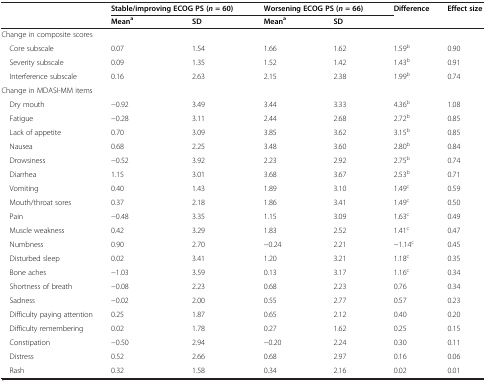
<table><thead><tr><td><b> </b></td><td colspan="2"><b>Stable/improving ECOG PS (<i>n</i>= 60)</b></td><td colspan="2"><b>Worsening ECOG PS (<i>n</i>= 66)</b></td><td><b>Difference</b></td><td><b>Effect size</b></td></tr><tr><td><b> </b></td><td><b>Mean<sup>a</sup></b></td><td><b>SD</b></td><td><b>Mean<sup>a</sup></b></td><td><b>SD</b></td><td><b> </b></td><td><b> </b></td></tr></thead><tbody><tr><td>Change in composite scores</td><td> </td><td> </td><td> </td><td> </td><td> </td><td> </td></tr><tr><td> Core subscale</td><td>0.07</td><td>1.54</td><td>1.66</td><td>1.62</td><td>1.59<sup>b</sup></td><td>0.90</td></tr><tr><td> Severity subscale</td><td>0.09</td><td>1.35</td><td>1.52</td><td>1.42</td><td>1.43<sup>b</sup></td><td>0.91</td></tr><tr><td> Interference subscale</td><td>0.16</td><td>2.63</td><td>2.15</td><td>2.38</td><td>1.99<sup>b</sup></td><td>0.74</td></tr><tr><td>Change in MDASI-MM items</td><td> </td><td> </td><td> </td><td> </td><td> </td><td> </td></tr><tr><td> Dry mouth</td><td>−0.92</td><td>3.49</td><td>3.44</td><td>3.33</td><td>4.36<sup>b</sup></td><td>1.08</td></tr><tr><td> Fatigue</td><td>−0.28</td><td>3.11</td><td>2.44</td><td>2.68</td><td>2.72<sup>b</sup></td><td>0.85</td></tr><tr><td> Lack of appetite</td><td>0.70</td><td>3.09</td><td>3.85</td><td>3.62</td><td>3.15<sup>b</sup></td><td>0.85</td></tr><tr><td> Nausea</td><td>0.68</td><td>2.25</td><td>3.48</td><td>3.60</td><td>2.80<sup>b</sup></td><td>0.84</td></tr><tr><td> Drowsiness</td><td>−0.52</td><td>3.92</td><td>2.23</td><td>2.92</td><td>2.75<sup>b</sup></td><td>0.74</td></tr><tr><td> Diarrhea</td><td>1.15</td><td>3.01</td><td>3.68</td><td>3.67</td><td>2.53<sup>b</sup></td><td>0.71</td></tr><tr><td> Vomiting</td><td>0.40</td><td>1.43</td><td>1.89</td><td>3.10</td><td>1.49<sup>c</sup></td><td>0.59</td></tr><tr><td> Mouth/throat sores</td><td>0.37</td><td>2.18</td><td>1.86</td><td>3.41</td><td>1.49<sup>c</sup></td><td>0.50</td></tr><tr><td> Pain</td><td>−0.48</td><td>3.35</td><td>1.15</td><td>3.09</td><td>1.63<sup>c</sup></td><td>0.49</td></tr><tr><td> Muscle weakness</td><td>0.42</td><td>3.29</td><td>1.83</td><td>2.52</td><td>1.41<sup>c</sup></td><td>0.47</td></tr><tr><td> Numbness</td><td>0.90</td><td>2.70</td><td>−0.24</td><td>2.21</td><td>−1.14<sup>c</sup></td><td>0.45</td></tr><tr><td> Disturbed sleep</td><td>0.02</td><td>3.41</td><td>1.20</td><td>3.21</td><td>1.18<sup>c</sup></td><td>0.35</td></tr><tr><td> Bone aches</td><td>−1.03</td><td>3.59</td><td>0.13</td><td>3.17</td><td>1.16<sup>c</sup></td><td>0.34</td></tr><tr><td> Shortness of breath</td><td>−0.08</td><td>2.23</td><td>0.68</td><td>2.23</td><td>0.76</td><td>0.34</td></tr><tr><td> Sadness</td><td>−0.02</td><td>2.00</td><td>0.55</td><td>2.77</td><td>0.57</td><td>0.23</td></tr><tr><td> Difficulty paying attention</td><td>0.25</td><td>1.87</td><td>0.65</td><td>2.12</td><td>0.40</td><td>0.20</td></tr><tr><td> Difficulty remembering</td><td>0.02</td><td>1.78</td><td>0.27</td><td>1.62</td><td>0.25</td><td>0.15</td></tr><tr><td> Constipation</td><td>−0.50</td><td>2.94</td><td>−0.20</td><td>2.24</td><td>0.30</td><td>0.11</td></tr><tr><td> Distress</td><td>0.52</td><td>2.66</td><td>0.68</td><td>2.97</td><td>0.16</td><td>0.06</td></tr><tr><td> Rash</td><td>0.32</td><td>1.58</td><td>0.34</td><td>2.16</td><td>0.02</td><td>0.01</td></tr></tbody></table>